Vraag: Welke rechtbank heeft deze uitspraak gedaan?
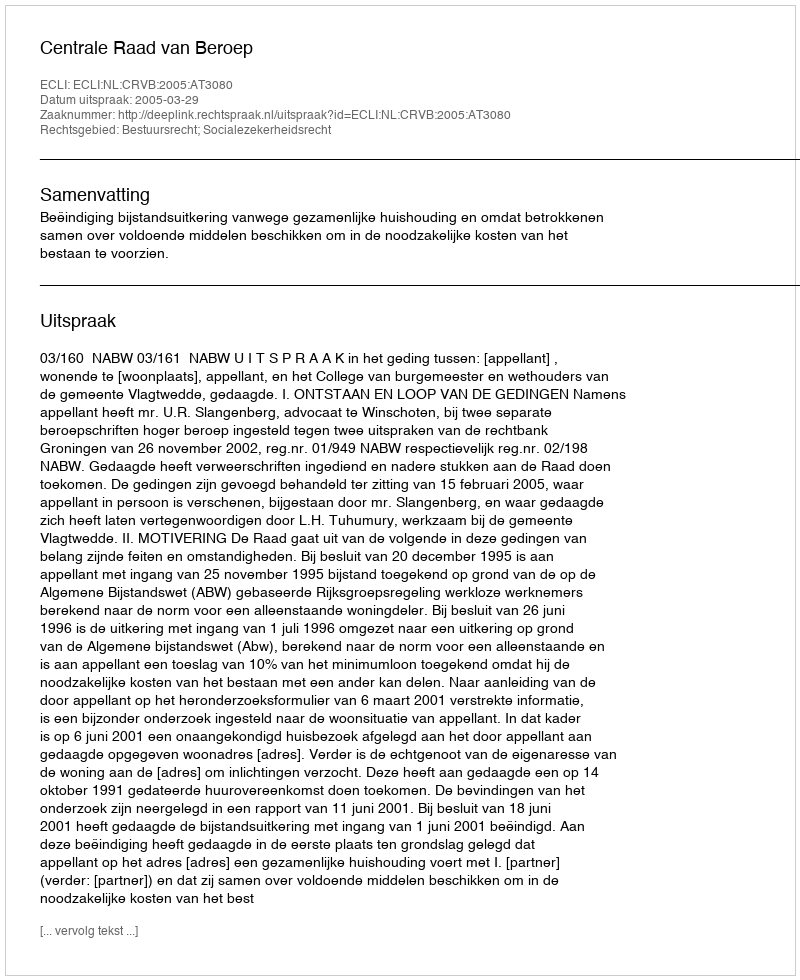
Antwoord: Centrale Raad van Beroep